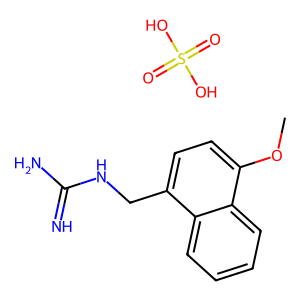
SMILES: COc1ccc(CNC(=N)N)c2ccccc12.O=S(=O)(O)O
Inhibits HIV replication: No